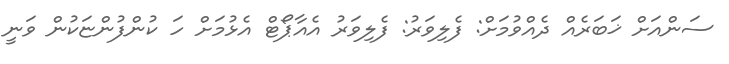
ސަންއަށް ޚަބަރެއް ދެއްވުމަށް: ފެލިވަރު: ފެލިވަރު އެއާޕޯޓް އެޅުމަށް ހަ ކުންފުންޏަކުން ވަނީ